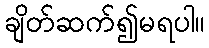
ချိတ်ဆက်၍မရပါ။